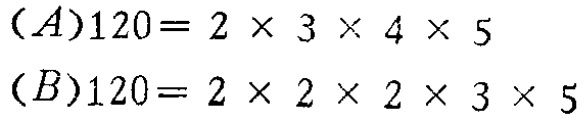
\((A)120 = 2\times3\times4\times5\)

\((B)120 = 2\times2\times2\times3\times5\)